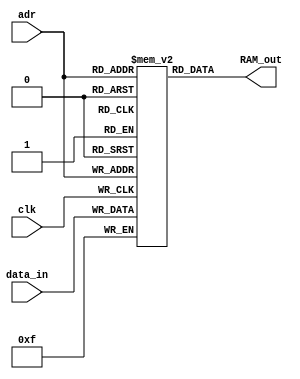
module R0 #(parameter ADDR_WIDTH = 2, DATA_WIDTH = 4)
(
    input clk, // 
    input [ADDR_WIDTH-1:0] adr, 
    input [DATA_WIDTH-1:0] data_in, 
    output [DATA_WIDTH-1:0] RAM_out 
);
    reg [DATA_WIDTH-1:0] mem [2**ADDR_WIDTH-1:0]; 
 
    always @(posedge clk)
        mem [adr] <= data_in;
    
    assign RAM_out = mem[adr]; 
endmodule